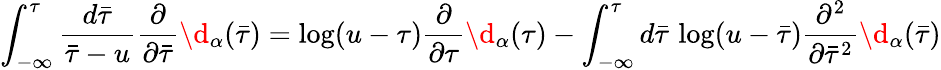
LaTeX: \int_{-\infty}^{\tau}\frac{d{\bar{\tau}}}{{\bar{\tau}}-u}\frac{\partial}{\partial{\bar{\tau}}}\d{}_{\alpha}({\bar{\tau}})=\log(u-\tau)\frac{\partial}{\partial\tau}\d{}_{\alpha}(\tau)-\int_{-\infty}^{\tau}d{\bar{\tau}}\, \log(u-{\bar{\tau}})\frac{\partial^{2}}{\partial{\bar{\tau}}^{2}}\d{}_{\alpha}({\bar{\tau}})